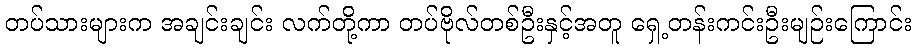
တပ်သားများက အချင်းချင်း လက်တို့ကာ တပ်ဗိုလ်တစ်ဦးနှင့်အတူ ရှေ့တန်းကင်းဦးမျဉ်းကြောင်း